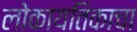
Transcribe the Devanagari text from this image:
लोकायतिकाचा